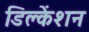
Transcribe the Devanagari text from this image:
डिक्लेंशन